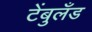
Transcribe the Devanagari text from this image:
टेंबुलँड